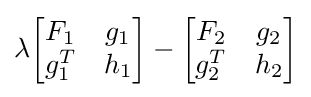
\lambda {\begin{bmatrix}F_{1}&g_{1}\\g_{1}^{T}&h_{1}\end{bmatrix}}-{\begin{bmatrix}F_{2}&g_{2}\\g_{2}^{T}&h_{2}\end{bmatrix}}